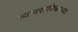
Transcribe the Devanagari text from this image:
व्यावसायिकाच्या